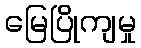
မြေပြိုကျမှု